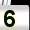
Digit: 5